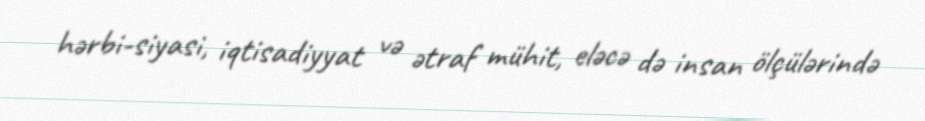
hərbi-siyasi, iqtisadiyyat və ətraf mühit, eləcə də insan ölçülərində